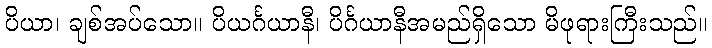
ပိယာ၊ ချစ်အပ်သော။ ပိယင်္ဂယာနီ၊ ပိင်္ဂယာနီအမည်ရှိသော မိဖုရားကြီးသည်။